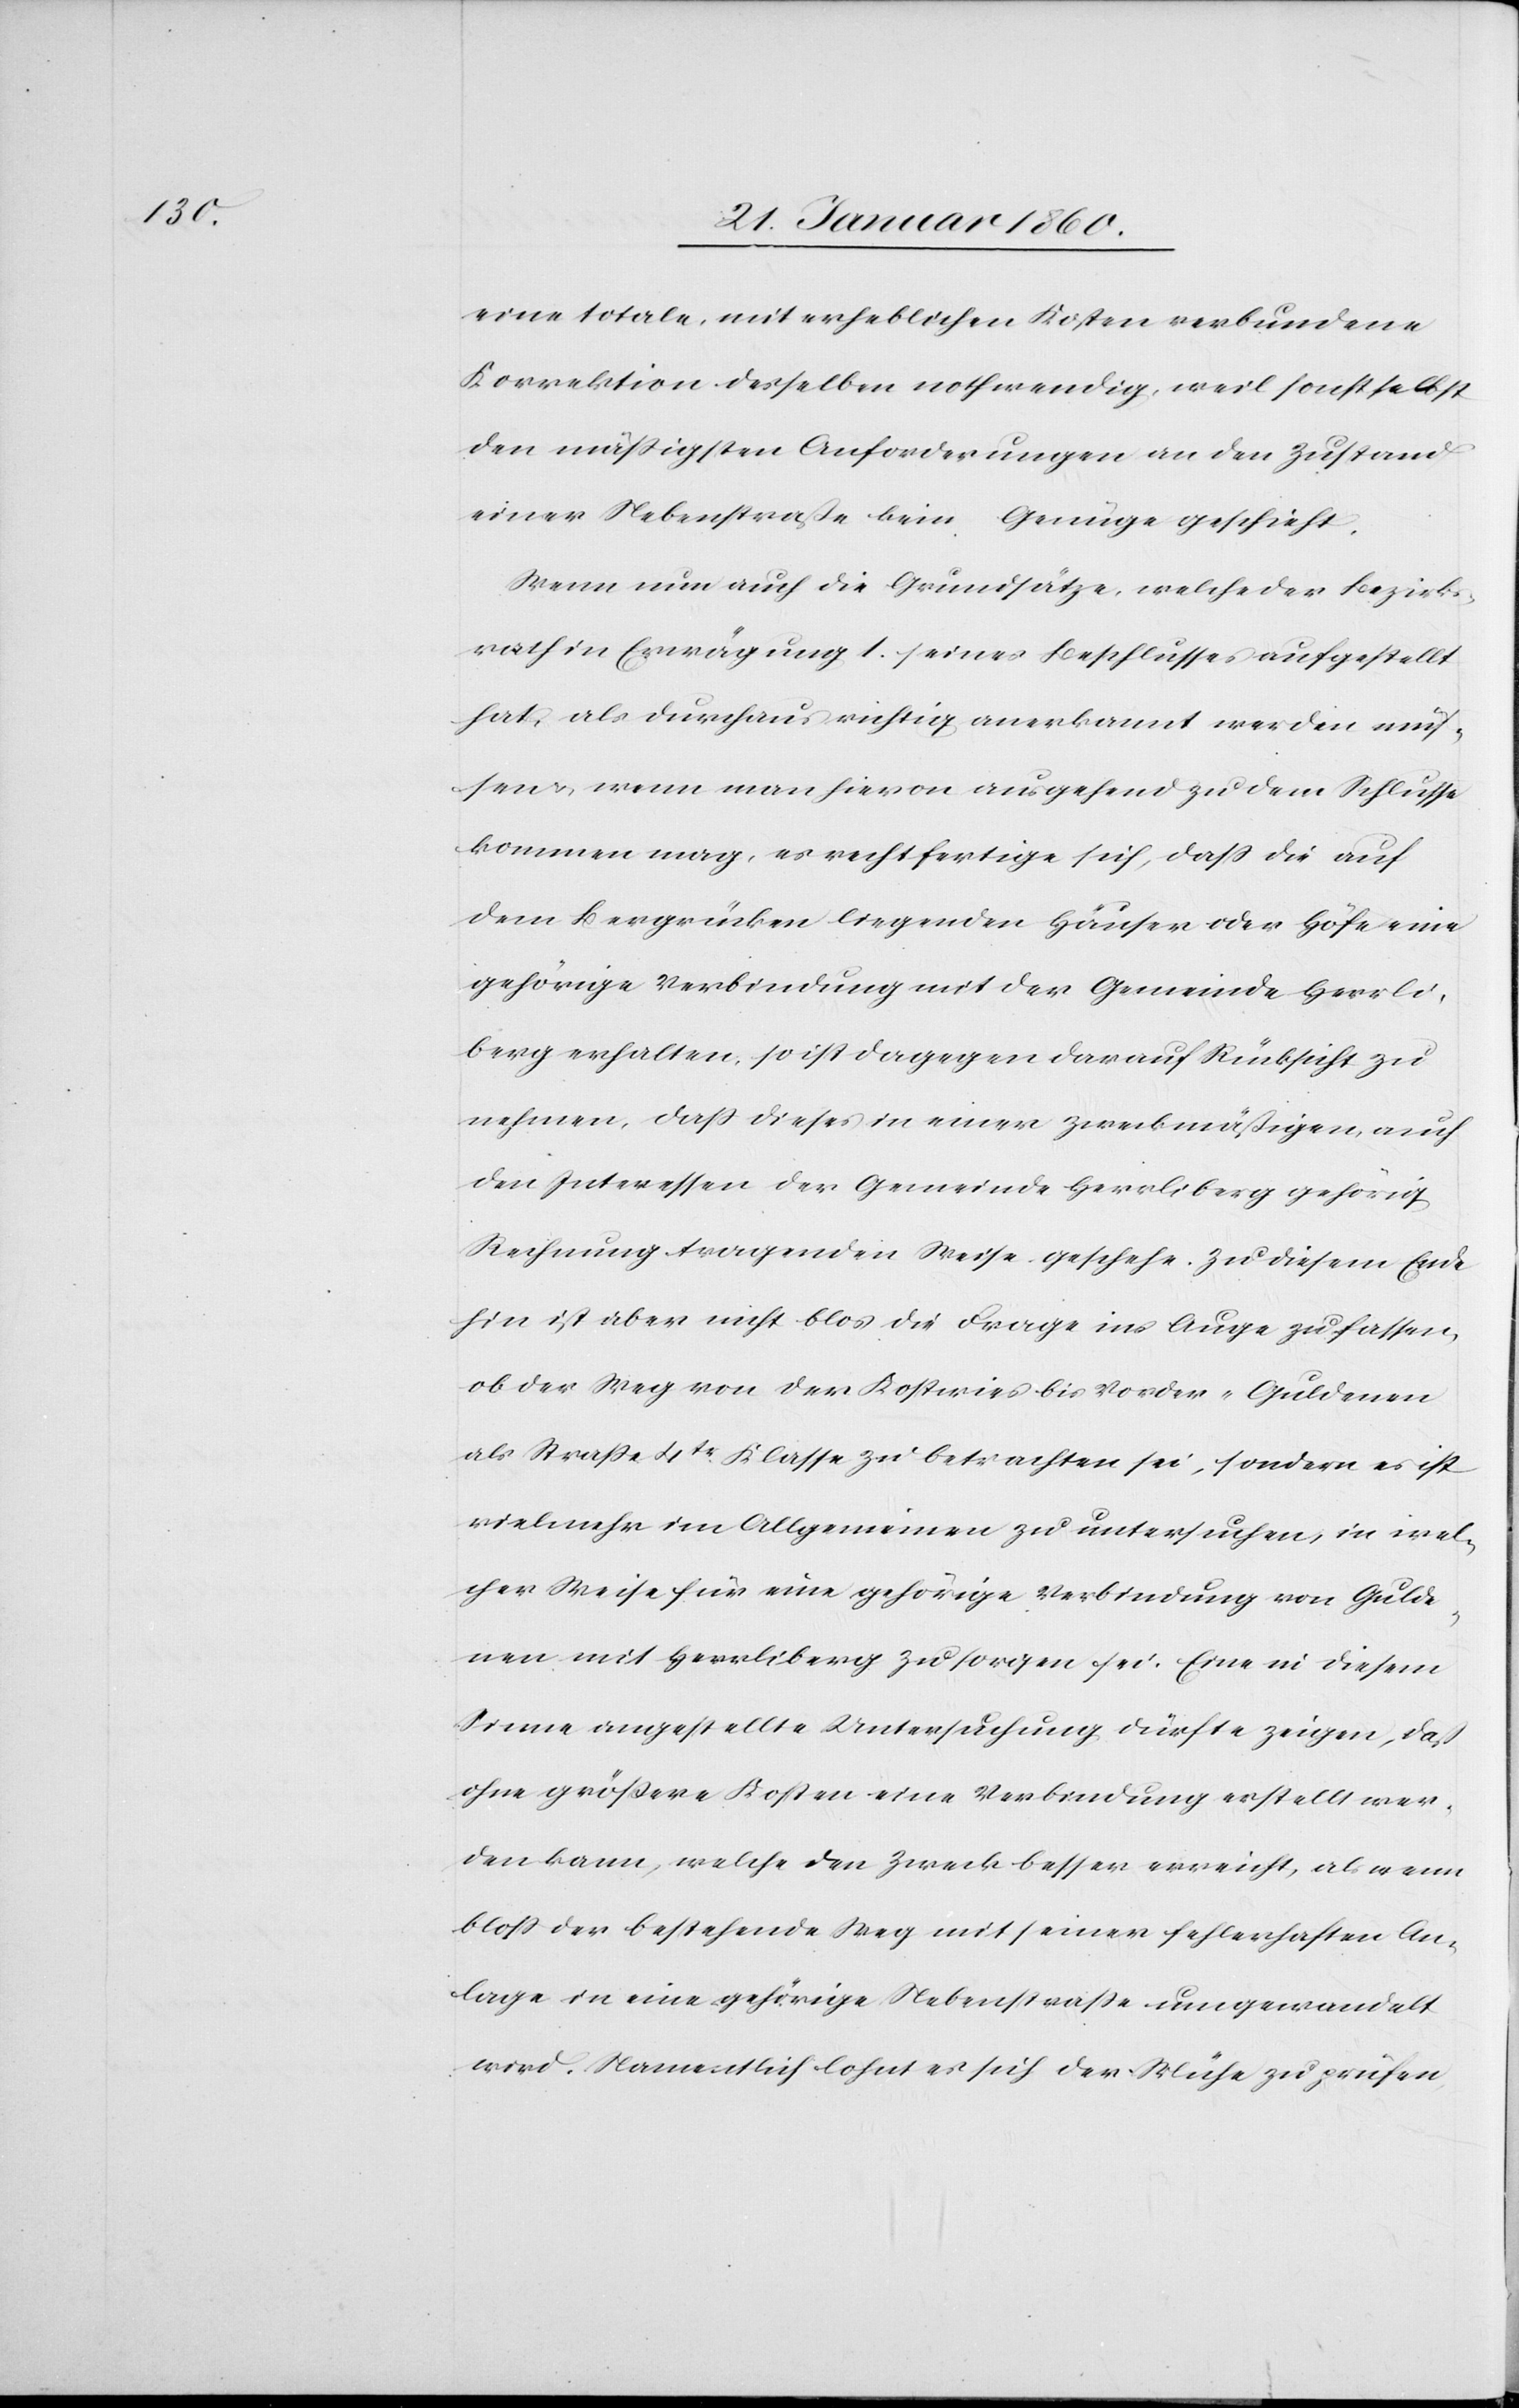
eine totale, mit erheblichen Kosten verbundene
Korrektion derselben nothwendig, weil sonst selbst
den mässigsten Anforderungen an den Zustand
einer Nebenstrasse kein Genüge geschieht.
Wenn nun auch die Grundsätze, welche der Bezirks¬
rath in Erwägung 1. seines Beschlusses aufgestellt
hat, als durchaus richtig anerkannt werden müs¬
sen, wenn man hiervon ausgehend zu dem Schlusse
kommen mag, es rechtfertige sich, dass die auf
dem Bergrücken liegenden Häuser oder Höfe eine
gehörige Verbindung mit der Gemeinde Herrli¬
berg erhalten, so ist dagegen darauf Rücksicht zu
nehmen, dass dieses in einer zweckmäßigen, auch
den Interessen der Gemeinde Herrliberg gehörig
Rechnung tragenden Weise geschehe. Zu diesem Ende
hin ist aber nicht bloss die Frage ins Auge zu fassen,
ob der Weg von der Kostwies bis Vorder-Guldenen
als Strasse 4tr Klasse zu betrachten sei, sondern es ist
vielmehr den Allgemeinen zu untersuchen, in wel¬
cher Weise für eine gehörige Verbindung von Gulde¬
nen mit Herrliberg zu sorgen sei. Eine in diesem
Sinne angestellte Untersuchung dürfte zeigen, dass
ohne größere Kosten eine Verbindung erstellt wer¬
den kann, welche den Zweck besser erreicht, als wenn
bloss der bestehende Weg mit seiner fehlerhaften An¬
lage in eine gehörige Nebenstrasse umgewandelt
wird. Namentlich lohnt es sich der Mühe zu prüfen,